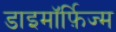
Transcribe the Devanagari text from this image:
डाइमॉर्फ़िज्म